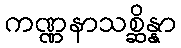
ကဏ္ဏနာသစ္ဆိန္နာ